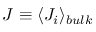
J \equiv \langle J _ { i } \rangle _ { b u l k }